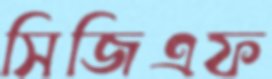
সিজিএফ